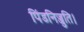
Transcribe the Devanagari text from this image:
पिंडनिज्जुति।